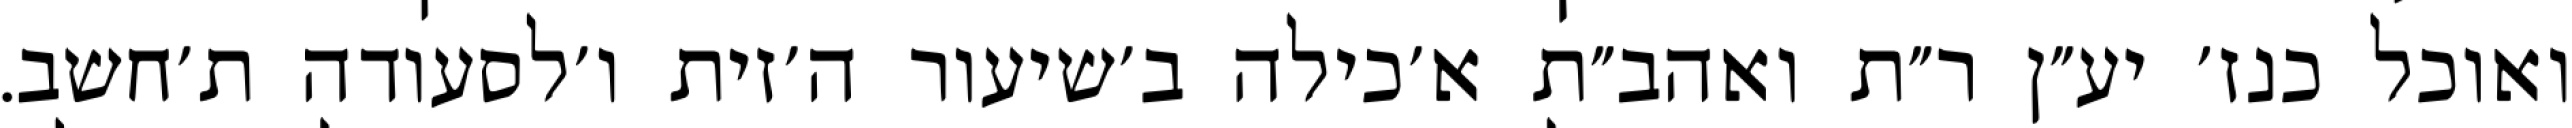
ואוכל כנז׳ יע״ן ר״ת ואהב״ת א׳כילה ב׳שיעור ה׳זית ו׳לסעודה ת׳חשב.